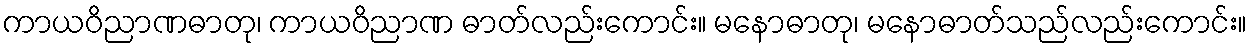
ကာယဝိညာဏဓာတု၊ ကာယဝိညာဏ ဓာတ်လည်းကောင်း။ မနောဓာတု၊ မနောဓာတ်သည်လည်းကောင်း။